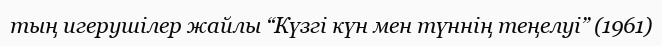
тың игерушілер жайлы “Күзгі күн мен түннің теңелуі” (1961)